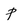
Character: P